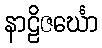
နာဠိဇင်္ဃော